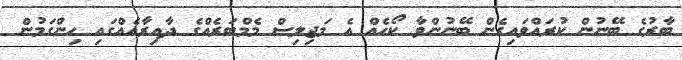
ބާރުގެ ބޭނުން ކުރައްވައިގެން ބޭނުންވާ ކޯހެއް އެ މަޖިލިސް މެމްބަރެއްގެ ދާއިރާއެއްގައި ހިންގަމުން